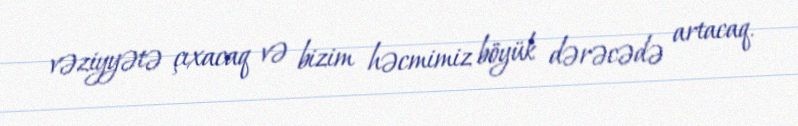
vəziyyətə çıxacaq və bizim həcmimiz böyük dərəcədə artacaq.